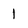
Character: 1